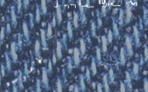
مركز لغتي للدروس الخصوصية